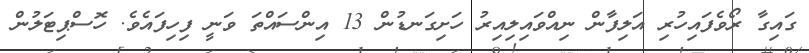
ގައިގާ ރޯވެފައިހުރި އަލިފާން ނިއްވައިލިއިރު ހަށިގަނޑުން 13 އިންސައްތަ ވަނީ ފިހިފައެވެ. ހޮސްޕިޓަލުން